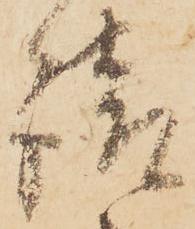
請